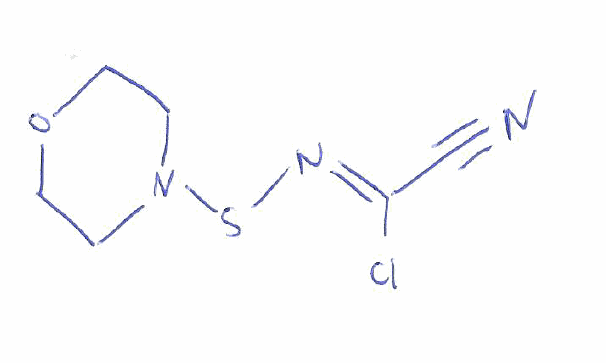
Simplified molecular-input line-entry system (SMILES) notation of the given molecule:
C1COCCN1S/N=C(/C#N)\Cl